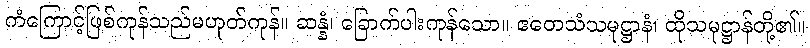
ကံကြောင့်ဖြစ်ကုန်သည်မဟုတ်ကုန်။ ဆန္နံ၊ ခြောက်ပါးကုန်သော။ ဧတေသံသမုဋ္ဌာနံ၊ ထိုသမုဋ္ဌာန်တို့၏။